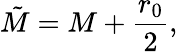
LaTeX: \tilde{M}=M+\frac{r_{0}}{2},